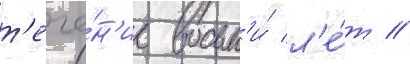
т'ече́н'ие восьм'и́ л'е́т /